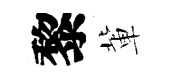
黎軰